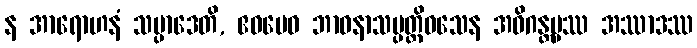
န အာရောဟနံ သမ္ပာဒေတိ, ဧဝမေဝ ဘာဝနာသမ္ပတ္တိဝသေန အဓိဂန္တဗ္ဗဿ အဿာဒဿ